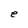
Character: e